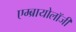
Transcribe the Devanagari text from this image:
एम्ब्रायोलॉजी